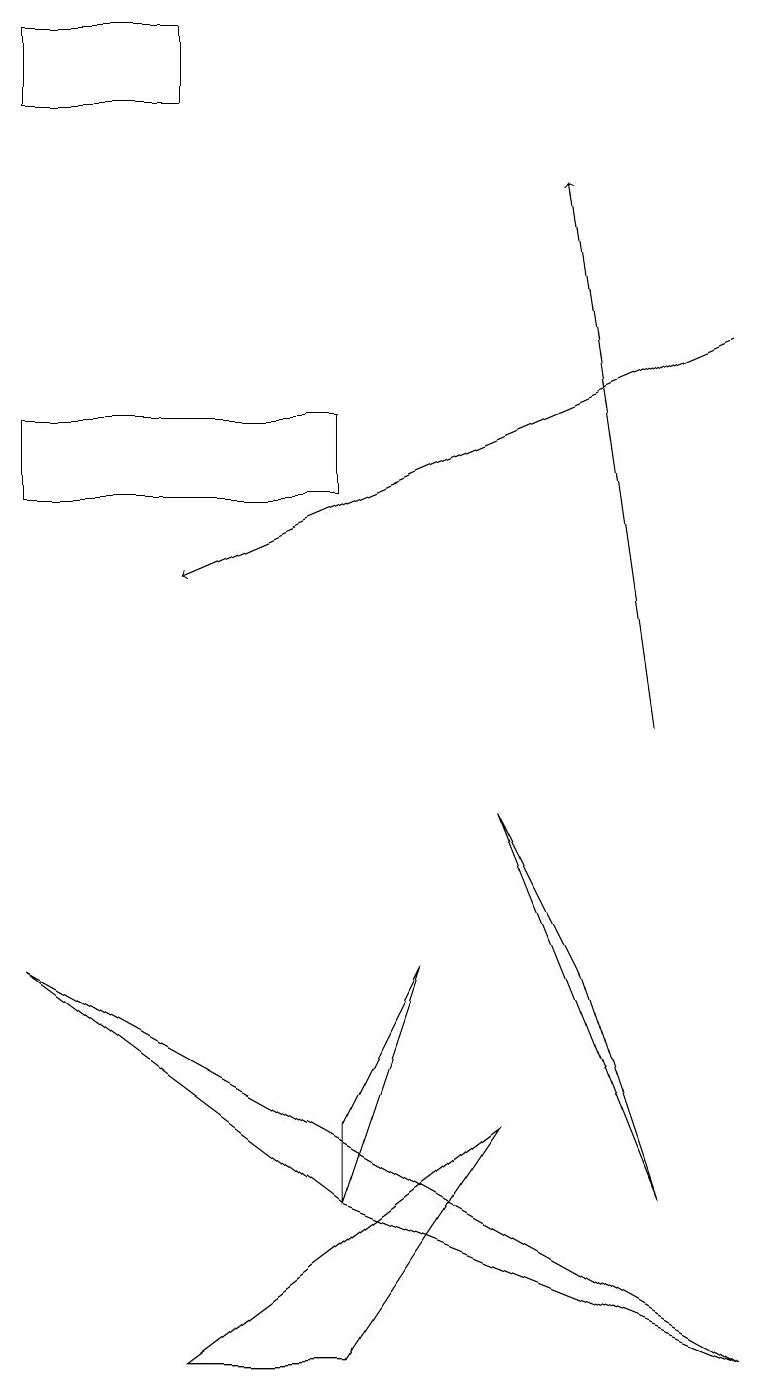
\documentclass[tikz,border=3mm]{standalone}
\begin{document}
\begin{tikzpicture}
\draw[->] (9,15) -- (2,12);
\draw[->] (8,10) -- (7,17);
\draw (6,9) -- (7,7) -- (8,4) -- cycle;
\draw (2,2) -- (6,5) -- (4,2) -- cycle;
\draw (4,5) -- (4,4) -- (5,7) -- cycle;
\draw (0,19) rectangle (2,18);
\draw (9,2) -- (0,7) -- (4,4) -- cycle;
\draw (0,14) rectangle (4,13);
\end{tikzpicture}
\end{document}